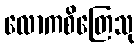
လောကစိတြေသု